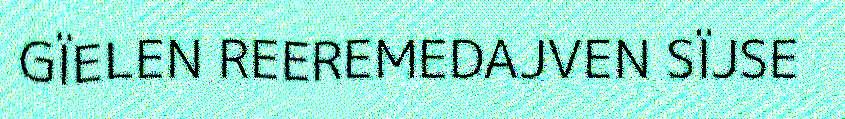
GÏELEN REEREMEDAJVEN SÏJSE